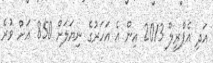
އަދި އެޕްރީލް 2013 އިން އެ އަހަރުގެ ނިޔަލަށް 850 އަށް ވުރެ